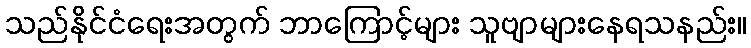
သည်နိုင်ငံရေးအတွက် ဘာကြောင့်များ သူဗျာများနေရသနည်း။